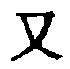
\text{又}